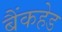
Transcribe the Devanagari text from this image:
बैंकहेड